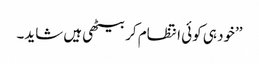
’’خود ہی کوئی انتظام کر بیٹھی ہیں شاید۔